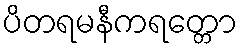
ပိတရမနီကရတ္တော